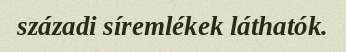
századi síremlékek láthatók.